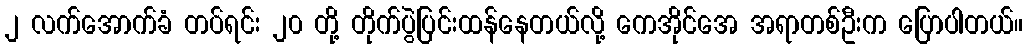
၂ လက်အောက်ခံ တပ်ရင်း ၂၀ တို့ တိုက်ပွဲပြင်းထန်နေတယ်လို့ ကေအိုင်အေ အရာတစ်ဦးက ပြောပါတယ်။